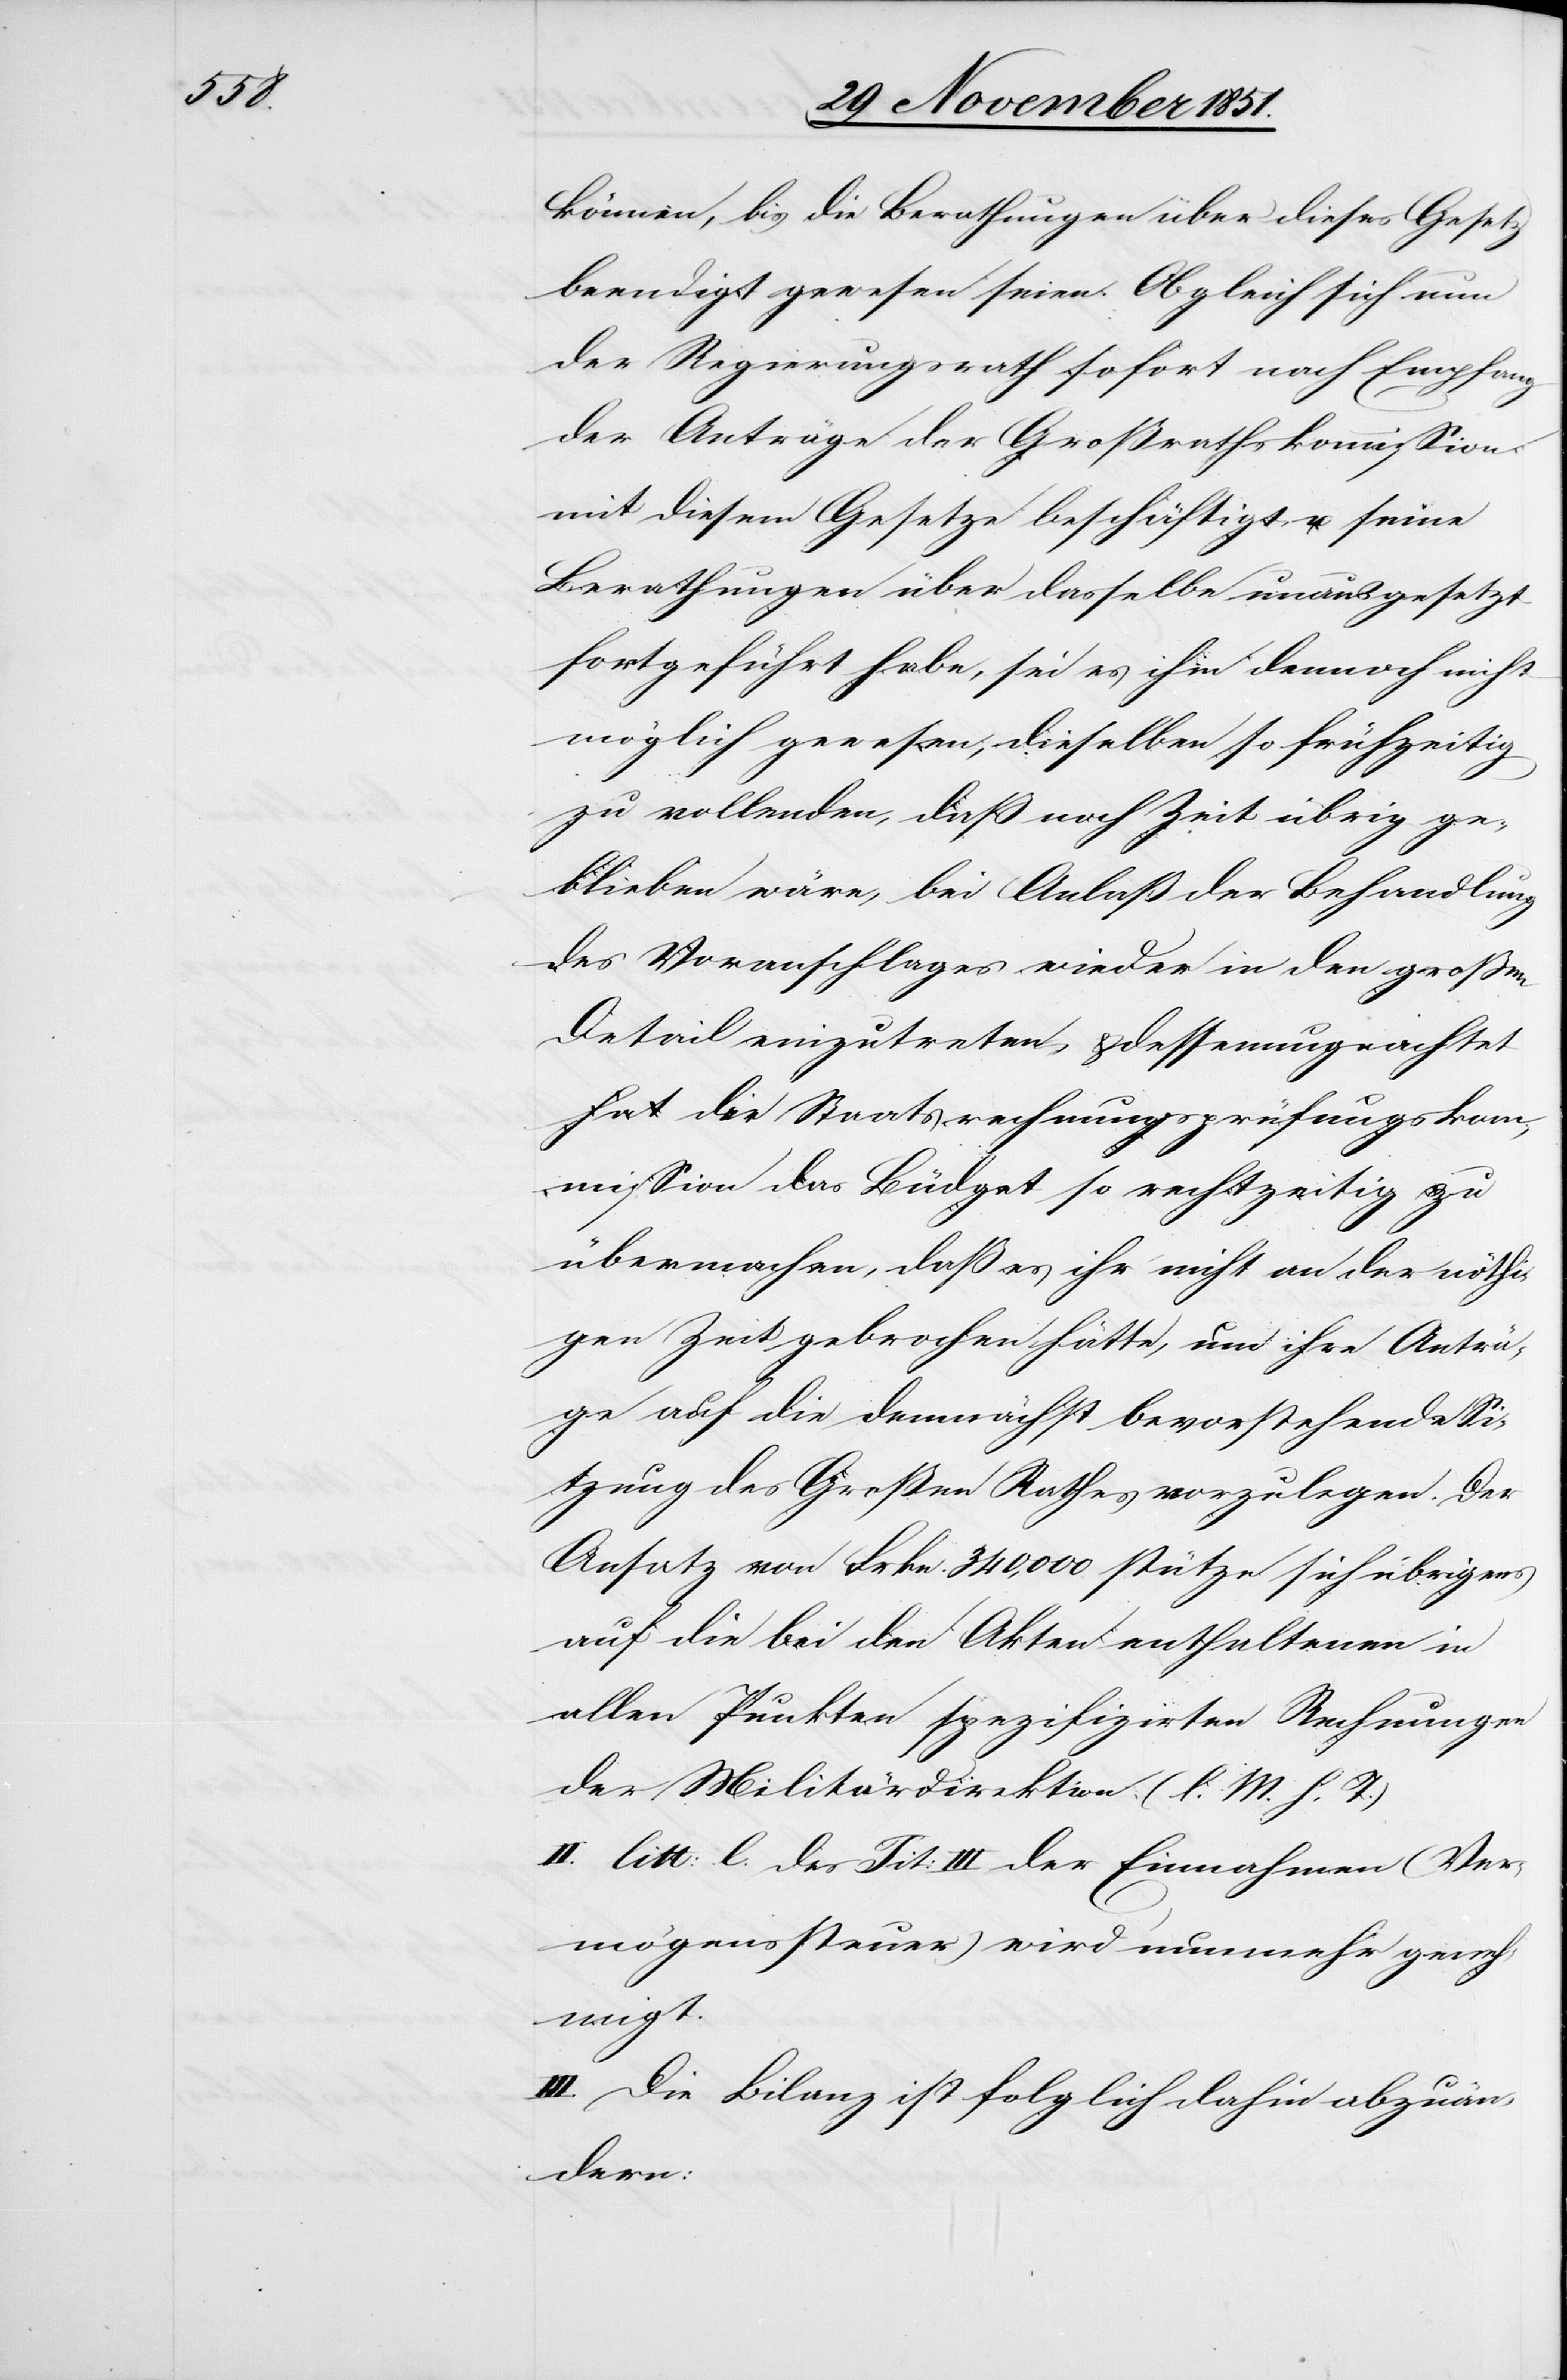
können, bis die Berathungen über dieses Gesetz
beendigt gewesen seien. Obgleich sich nun
der Regierungsrath sofort nach Empfang
der Anträge der Großrathskommission
mit diesem Gesetze beschäftigt, u. seine
Berathungen über dasselbe unausgesetzt
fortgeführt habe, sei es ihm dennoch nicht
möglich gewesen, dieselben so frühzeitig
zu vollenden, daß noch Zeit übrig ge¬
blieben wäre, bei Anlaß der Behandlung
des Voranschlages wieder in den großen
Detail einzutreten & dessenungeachtet
hat die Staatsrechnungsprüfungskom¬
mission das Büdget so rechtzeitig zu
übermachen, daß es ihr nicht an der nöthi¬
gen Zeit gebrochen hätte, um ihre Anträ¬
ge auf die demnächst bevorstehende Si¬
tzung des Großen Rathes vorzulegen. Der
Ansatz von Frkn. 340,000. stütze sich übrigens
auf die bei den Akten enthaltenen in
allen Punkten spezifizirten Rechnungen
der Militärdirektion. (l. M. h. T.)
II. litt: l. des Tit: III der Einnahmen (Ver¬
mögenssteuer) wird nunmehr geneh¬
migt.
III. Die Bilanz ist folglich dahin abzuän¬
dern: